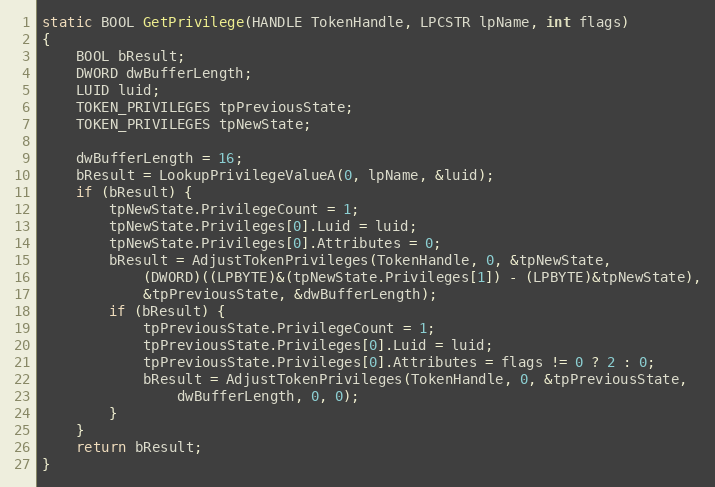
Language: C
static BOOL GetPrivilege(HANDLE TokenHandle, LPCSTR lpName, int flags)
{
	BOOL bResult;
	DWORD dwBufferLength;
	LUID luid;
	TOKEN_PRIVILEGES tpPreviousState;
	TOKEN_PRIVILEGES tpNewState;

	dwBufferLength = 16;
	bResult = LookupPrivilegeValueA(0, lpName, &luid);
	if (bResult) {
		tpNewState.PrivilegeCount = 1;
		tpNewState.Privileges[0].Luid = luid;
		tpNewState.Privileges[0].Attributes = 0;
		bResult = AdjustTokenPrivileges(TokenHandle, 0, &tpNewState,
			(DWORD)((LPBYTE)&(tpNewState.Privileges[1]) - (LPBYTE)&tpNewState),
			&tpPreviousState, &dwBufferLength);
		if (bResult) {
			tpPreviousState.PrivilegeCount = 1;
			tpPreviousState.Privileges[0].Luid = luid;
			tpPreviousState.Privileges[0].Attributes = flags != 0 ? 2 : 0;
			bResult = AdjustTokenPrivileges(TokenHandle, 0, &tpPreviousState,
				dwBufferLength, 0, 0);
		}
	}
	return bResult;
}